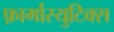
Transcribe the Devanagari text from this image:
फ़ार्मास्युटिक्स